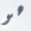
هو